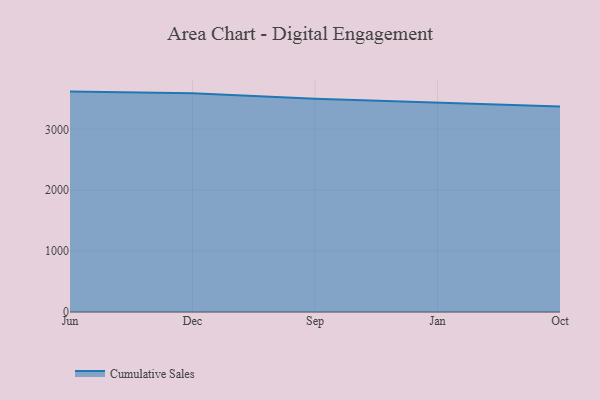
{"axis": {"x": "Month", "y": "Inventory Turnover"}, "legend": ["Cumulative Sales"], "data": [{"x": "Jun", "y": 3619.0, "type": "Cumulative Sales"}, {"x": "Dec", "y": 3593.4, "type": "Cumulative Sales"}, {"x": "Sep", "y": 3501.1, "type": "Cumulative Sales"}, {"x": "Jan", "y": 3436.6, "type": "Cumulative Sales"}, {"x": "Oct", "y": 3373.0, "type": "Cumulative Sales"}]}